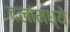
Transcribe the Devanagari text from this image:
दलांमध्ये